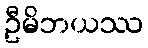
ဦမိဘယဿ